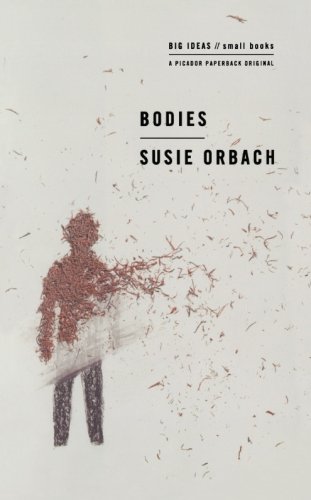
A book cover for Bodies (BIG IDEAS//small books); Susie Orbach; Medical Books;